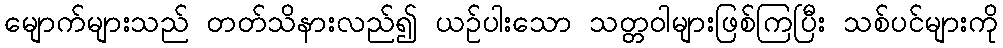
မျောက်များသည် တတ်သိနားလည်၍ ယဉ်ပါးသော သတ္တဝါများဖြစ်ကြပြီး သစ်ပင်များကို